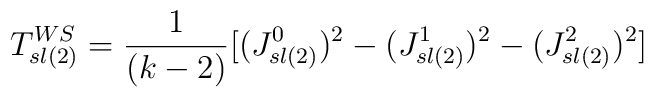
T_{sl(2)}^{WS}={1\over(k-2)}[(J_{sl(2)}^0)^{2}-(J_{sl(2)}^{1})^{2}-(J_{sl(2)}^{2})^{2}]